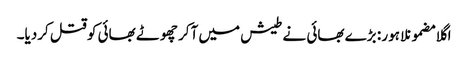
اگلا مضمونلاہور : بڑے بھائی نے طیش میں آکر چھوٹے بھائی کو قتل کردیا۔